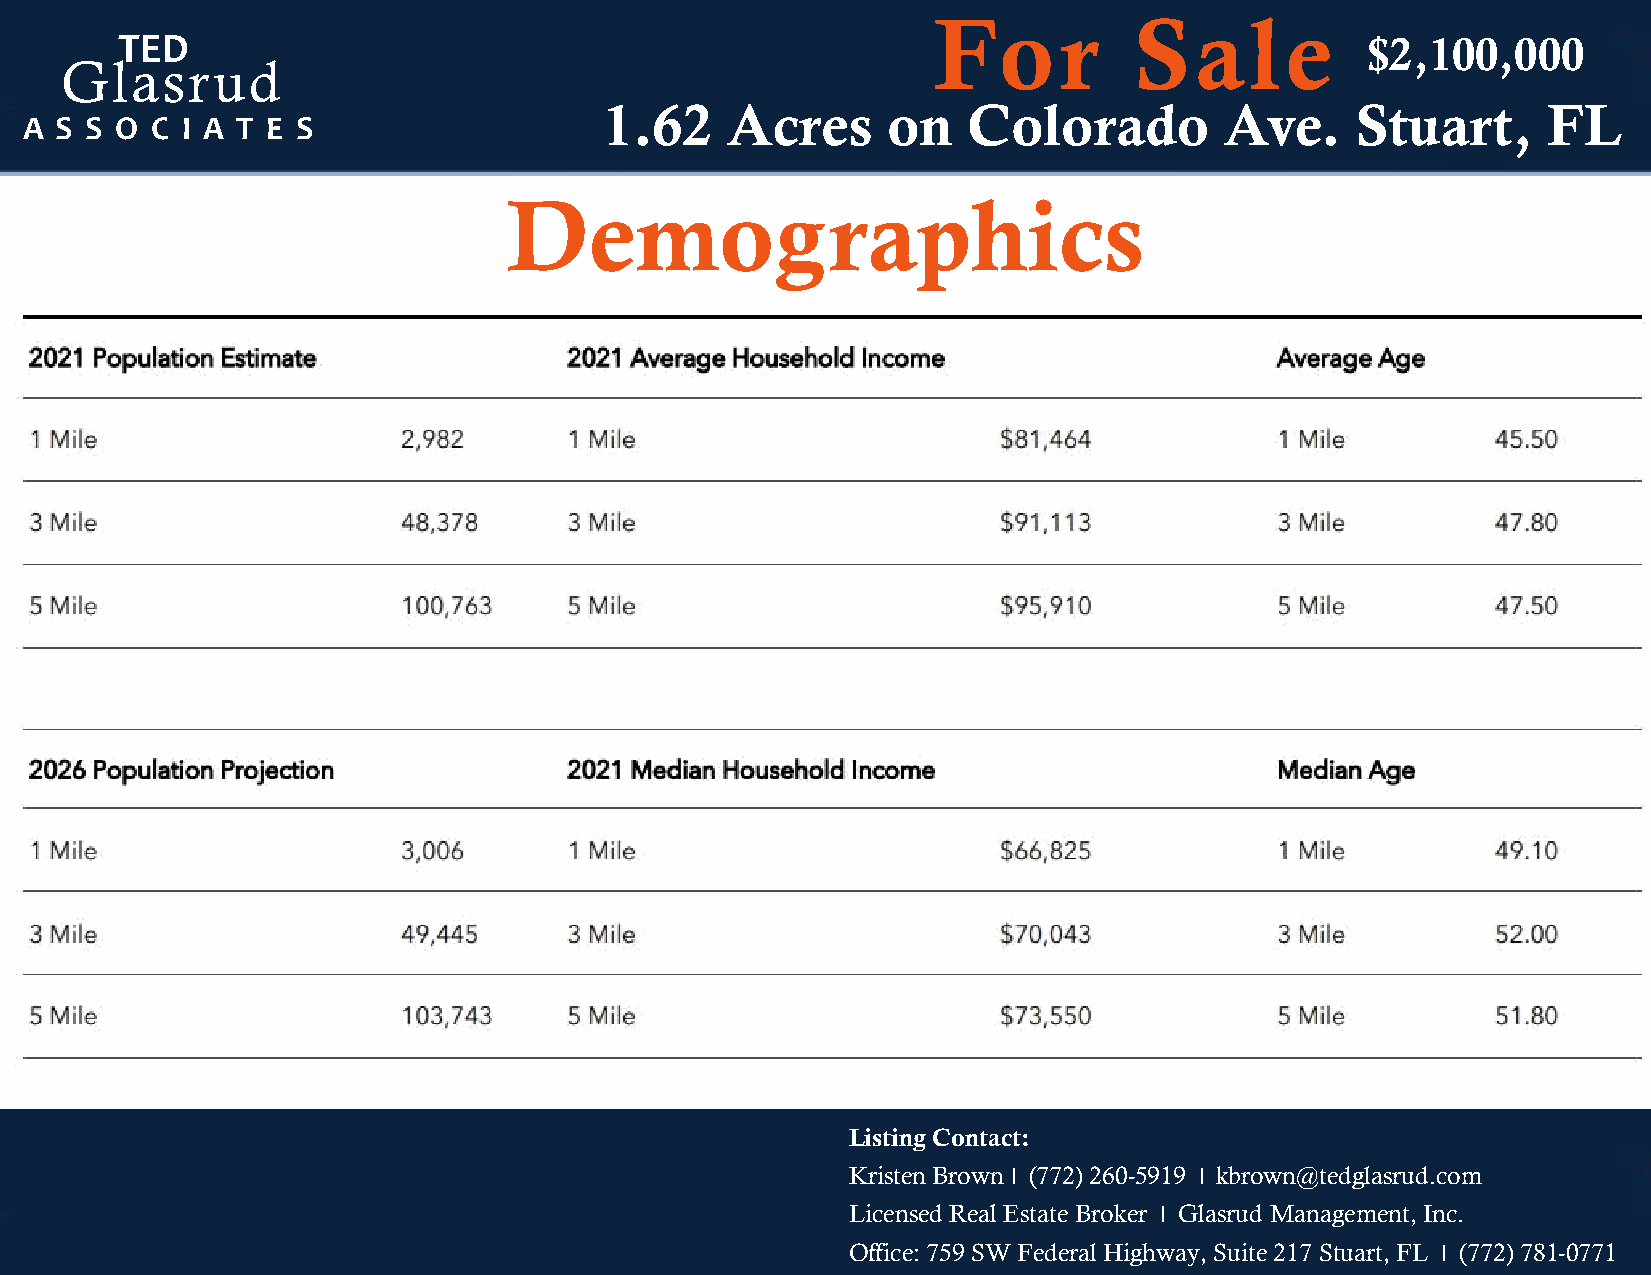
For          Sale
 TTEEDD                                                                            $2,100,000
 GGllaassrruudd
 11..6622 AAccrreess oonn CCoolloorraaddoo AAvvee.. Stuart,    FL
 AA SS SS OO CC II AA TT EE SS
 I $2,100,000
 Demographics
 Listing Contact:
 Kristen Brown I (772) 260-5919 I kbrown@tedglasrud.com
 Licensed Real Estate Broker I Glasrud Management, Inc.
 Office: 759 SW Federal Highway, Suite 217 Stuart, FL I (772) 781-0771